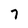
Character: 7